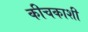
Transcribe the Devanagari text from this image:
कीचकाशी